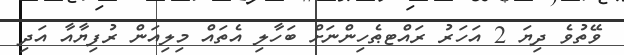
ވޭތުވެ ދިޔަ 2 އަހަރު ރައްޓޠެހިންނަށް ބަހާލި އެތައް މިލިއަން ރުފިޔާއާ އަދި